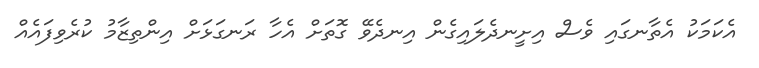
އެކަމަކު އެތާނގައި ވެސް އިށީނދެލައިގެން އިނދެވޭ ގޮތަށް އެހާ ރަނގަޅަށް އިންތިޒާމު ކުރެވިފައެއް